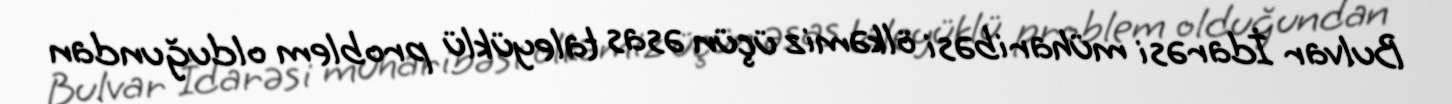
Bulvar İdarəsi müharibəsi ölkəmiz üçün əsas taleyüklü problem olduğundan